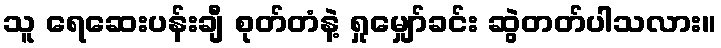
သူ ရေဆေးပန်းချီ စုတ်တံနဲ့ ရှုမျှော်ခင်း ဆွဲတတ်ပါသလား။